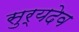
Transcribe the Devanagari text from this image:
सुर्यदेव